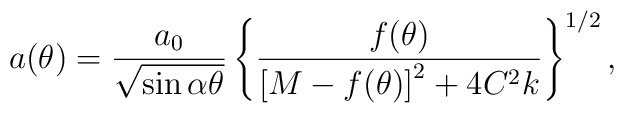
a(\theta) =\frac{a_0}{\sqrt{\sin\alpha\theta}}\left\{\frac{f(\theta)}{\left[M - f(\theta)\right]^2 + 4C^2k}\right\}^{1/2},